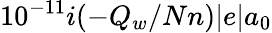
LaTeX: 10^{-11}i(-Q_{w}/Nn)|e|a_{0}